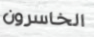
الخاسرون